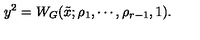
y ^ { 2 } = W _ { G } ( \tilde { x } ; \rho _ { 1 } , \cdots , \rho _ { r - 1 } , 1 ) .